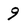
Character: 9